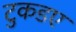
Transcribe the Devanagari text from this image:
टुकडए